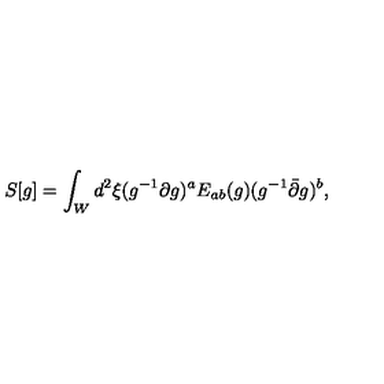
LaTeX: S [ g ] = \int _ { W } d ^ { 2 } \xi ( g ^ { - 1 } \partial g ) ^ { a } E _ { a b } ( g ) ( g ^ { - 1 } \bar { \partial } g ) ^ { b } ,